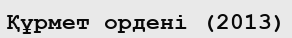
Құрмет ордені (2013)